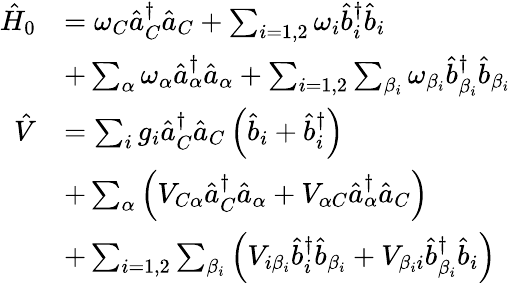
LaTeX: \begin{array}{rl}{\hat{H}_{0}}&{=\omega_{C}\hat{a}_{C}^{\dagger}\hat{a}_{C}+\sum_{i=1,2}\omega_{i}\hat{b}_{i}^{\dagger}\hat{b}_{i}}\\ &{+\sum_{\alpha}\omega_{\alpha}\hat{a}_{\alpha}^{\dagger}\hat{a}_{\alpha}+\sum_{i=1,2}\sum_{\beta_{i}}\omega_{\beta_{i}}\hat{b}_{\beta_{i}}^{\dagger}\hat{b}_{\beta_{i}}}\\ {\hat{V}}&{=\sum_{i}g_{i}\hat{a}_{C}^{\dagger}\hat{a}_{C}\left(\hat{b}_{i}+\hat{b}_{i}^{\dagger}\right)}\\ &{+\sum_{\alpha}\left(V_{C\alpha}\hat{a}_{C}^{\dagger}\hat{a}_{\alpha}+V_{\alpha C}\hat{a}_{\alpha}^{\dagger}\hat{a}_{C}\right)}\\ &{+\sum_{i=1,2}\sum_{\beta_{i}}\left(V_{i\beta_{i}}\hat{b}_{i}^{\dagger}\hat{b}_{\beta_{i}}+V_{\beta_{i}i}\hat{b}_{\beta_{i}}^{\dagger}\hat{b}_{i}\right)}\end{array}